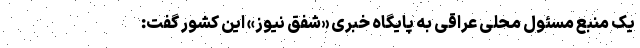
یک منبع مسئول محلی عراقی به پایگاه خبری «شفق نیوز» این کشور گفت: